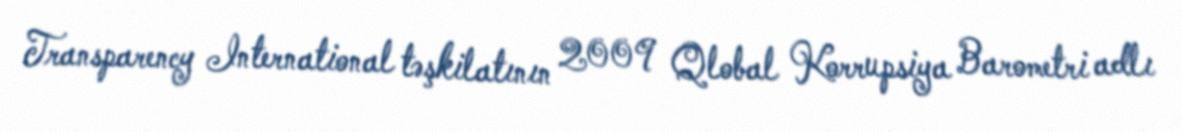
Transparency International təşkilatının 2009 Qlobal Korrupsiya Barometri adlı